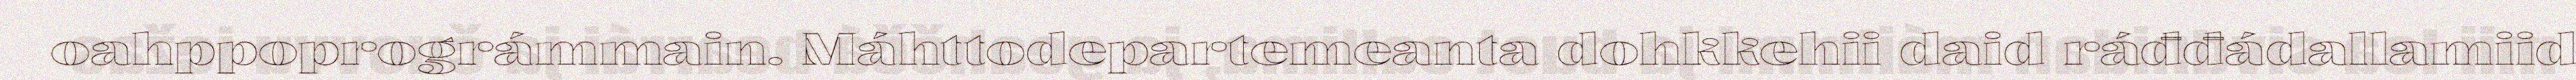
oahppoprográmmain. Máhttodepartemeanta dohkkehii daid ráđđádallamiid